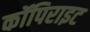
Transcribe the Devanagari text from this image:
कॉपिराइट